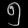
Digit: ၅